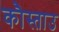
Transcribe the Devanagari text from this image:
कौस्ताउ